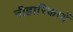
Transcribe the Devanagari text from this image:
नीहारिकायें